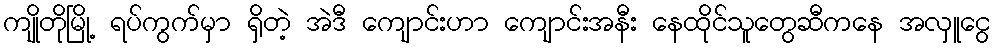
ကျိုတိုမြို့ ရပ်ကွက်မှာ ရှိတဲ့ အဲဒီ ကျောင်းဟာ ကျောင်းအနီး နေထိုင်သူတွေဆီကနေ အလှူငွေ